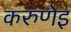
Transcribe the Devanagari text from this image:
करुणेइ